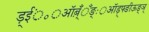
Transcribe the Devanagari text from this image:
ड़्ईं़॰़ऑब़्ँँँङ्ः़ऑड़्फ्ङीऊङ्ञ्